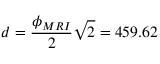
d = \frac { \phi _ { M R I } } { 2 } \sqrt { 2 } = 4 5 9 . 6 2